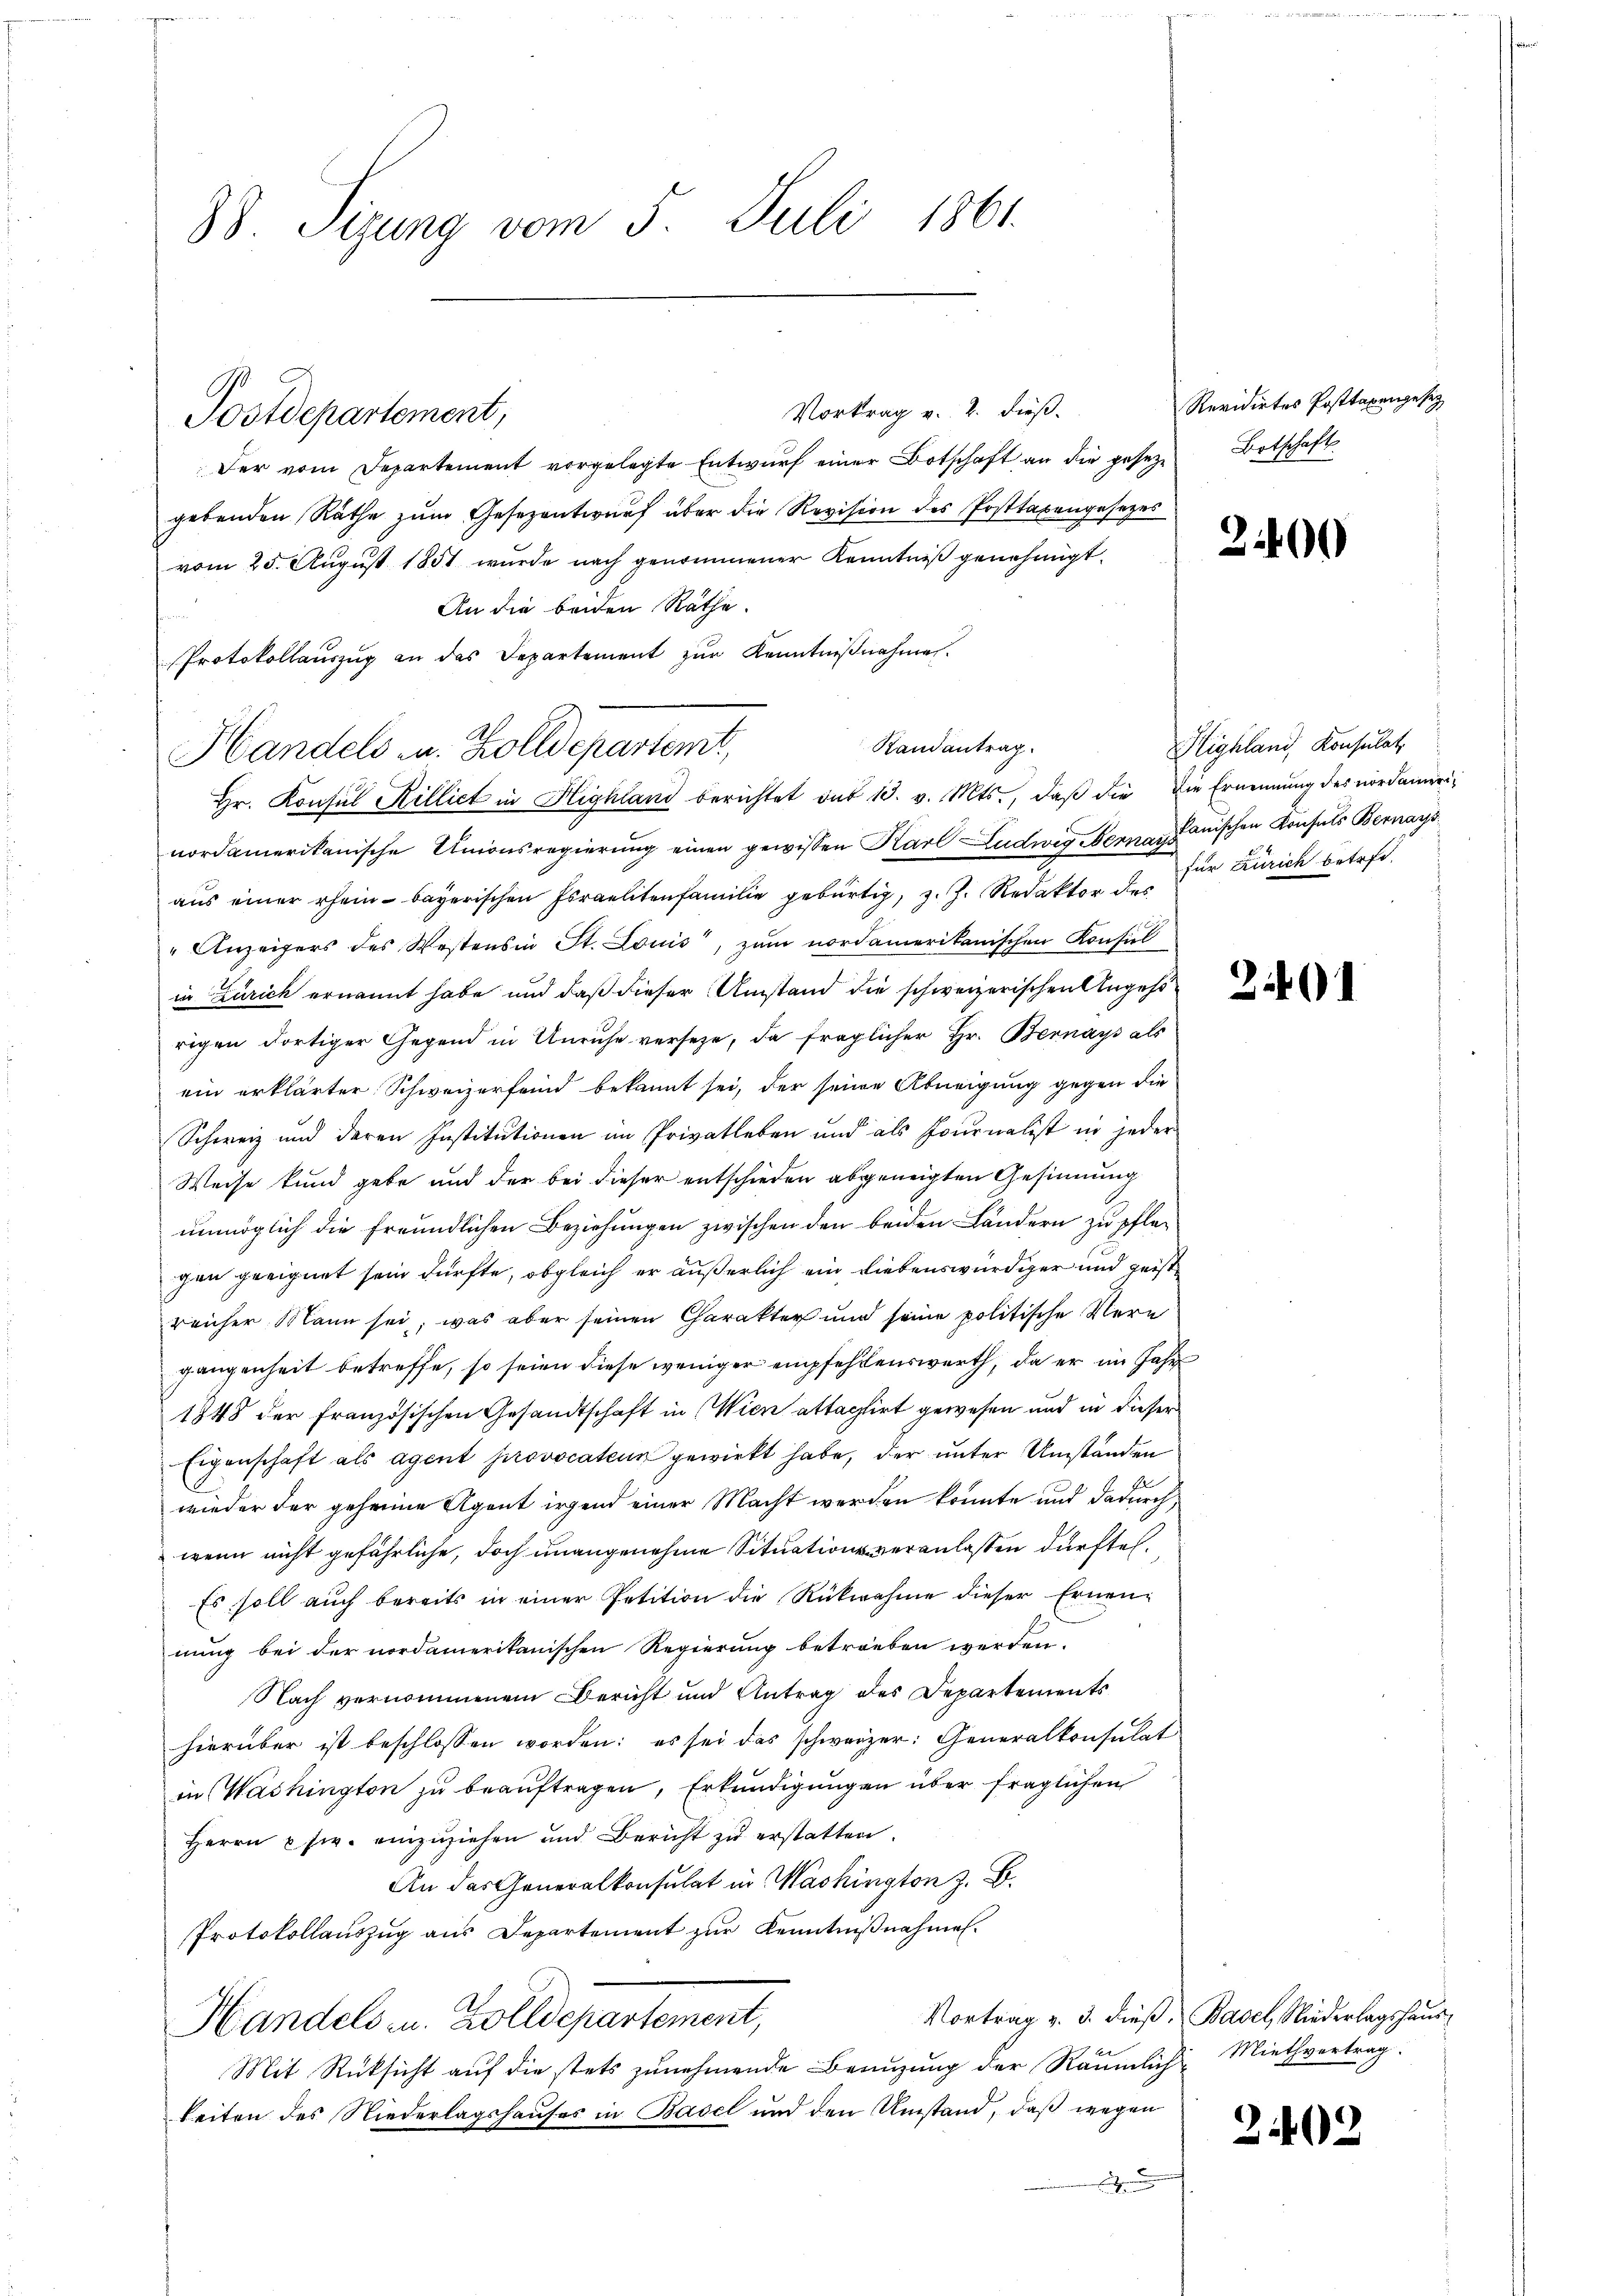
38 Sizung vom 5. Juli 1861.

Vortrag v. 2. dieß.
Der vom Departement vorgelegte Entwŭrf einer Botschaft an die gesetze Botschaft
gebenden Räthe zŭm Gesezentwurf über die Revision des Posttaxengesezes
vom 25. August 1851 wurde nach genommener Kenntniß genehmigt.
An die beiden Räthe.
Protokollauszug an das Departement zŭr Kenntniβnahme.
Hr. Konsul Rilliet in Highland berichtet aus 13. v. Mts., daß die Die Ernennung des nordamerinordamerikanische Unionsregierung einen gewissen Karl Ludwig Berna, Janischen Konsuls Bernays
aus einer erhein bayerischen Israelitenfamilie gebürtig, z. J. Redaktor des
" Anzeigers des Westens in St. Louis, zum nordamerikanischen Konsul
in Zürich ernannt habe und daß dieser Umstand die schweizerischen Angehörigen dortiger Gegend in Unruhe verseze, da fraglicher Hr. Bernays als
ein erklärter Schweizerfeind bekannt sei, der seine Abneigung gegen die
Schweiz und deren Institutionen im Privatleben und als Journalist in jeder
Weise kund gebe und der bei dieser entschieden abgeneigten Gesinnung
unmöglich die freundlichen Beziehungen zwischen den beiden Ländern zu pflegen geeignet sein dürfte, obgleich er äußerlich ein Liebenswürdiger und geistreicher Mann sei, was aber seinen Charakter und seine politische Vere
gangenheit betreffe, so seien diese weniger empfehlenswerth, da er im Jahr
1848 der Französischen Gesandtschaft in Wien attachirt gewesen und in dieser
Eigenschaft als Agent provocateur gewirkt habe, der unter Umständen
wieder der geheime Agent irgend einer Macht werden könnte und dadurch,
wenn nicht gefährliche, doch unangenehme Situation veranlassen dürfte.
Es soll auch bereits in einer Petition die Rücknahme dieser Ernen-
nung bei der nordamerikanischen Regierung betrieben werden.
Nach vernommenem Bericht und Antrag des Departements
hierüber ist beschlossen worden: es sei das schweizer: Generalkonsulat
in Washington zu beauftragen, Erkundigungen über fraglichen
Herrn usw. einzuziehen und Bericht zu erstatten.
An das Generalkonsulat in Washington z. B.
Protokollauszug aus Departement zur Kenntnißnahmen.
Vortrag v. 3. dieß, Basel, Niederlagshaus¬
Handels zu. Zolldepartement,
Mit Rücksicht auf die stets zunehmende Benuzung der Räumliche Miethvertrag.
keiten des Niederlagshauses in Basel und den Umstand, daß wegen
h

Postdepartement,

Handels in Zolldepartemt,

Randantrag

Revidirtes Posttaxengesez

2400

Highland, Konsulat
für Zürich betreff.

21

202